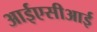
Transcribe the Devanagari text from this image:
आईएसीआई